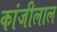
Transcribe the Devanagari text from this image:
कांजीलाल